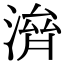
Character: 𣺴